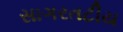
સાગરતટીય